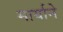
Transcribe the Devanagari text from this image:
मार्याने